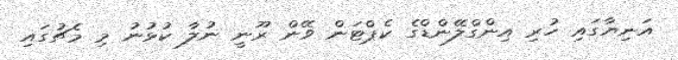
އަނިޔާގައި ހުރި އިންގްލޭންޑްގެ ކެޕްޓަން ވޭން ރޫނީ ނުލާ ކުޅުނު މި މެޗުގައި